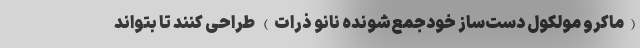
(ماکرو مولکول دست‌ساز خودجمع‌شونده نانو ذرات) طراحی کنند تا بتواند